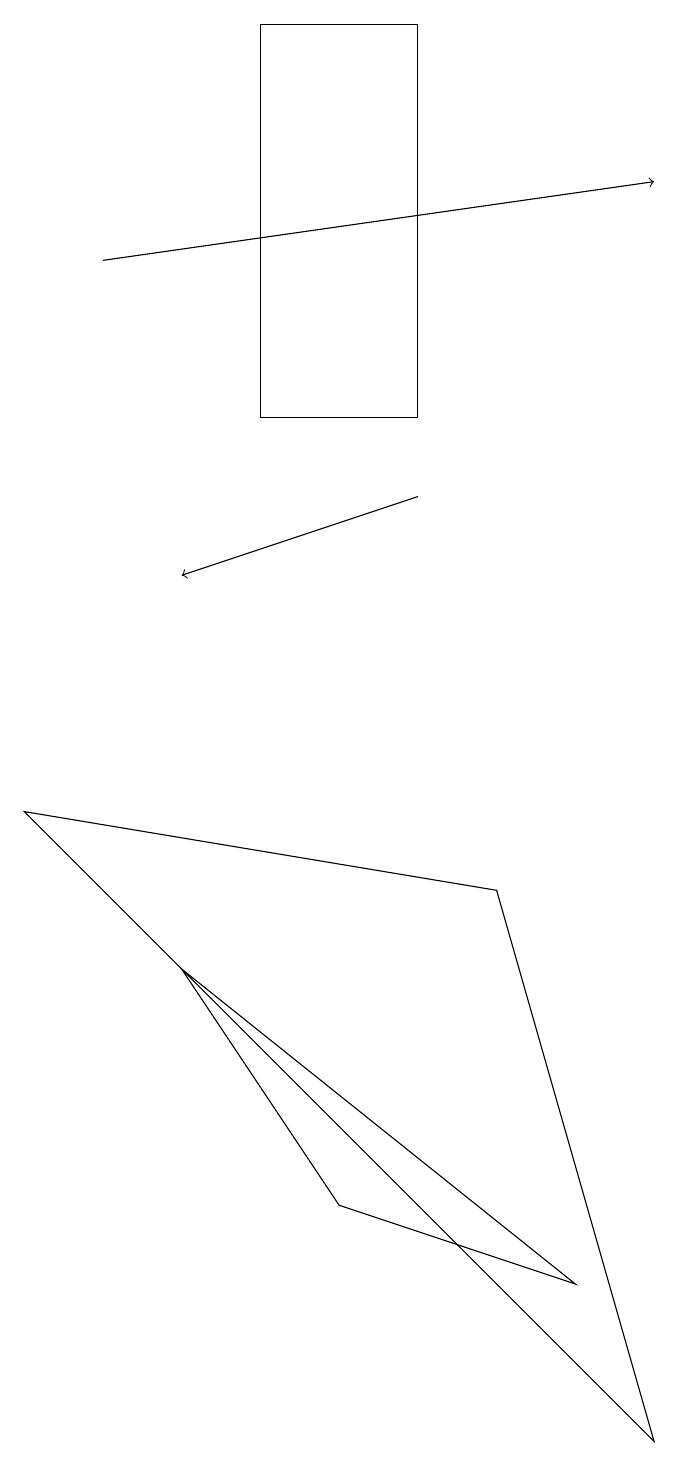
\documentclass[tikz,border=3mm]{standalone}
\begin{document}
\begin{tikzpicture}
\draw (7,3) -- (2,7) -- (4,4) -- cycle;
\draw[->] (5,13) -- (2,12);
\draw (6,8) -- (0,9) -- (8,1) -- cycle;
\draw (3,14) rectangle (5,19);
\draw[->] (1,16) -- (8,17);
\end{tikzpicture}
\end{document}